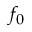
f _ { 0 }